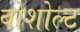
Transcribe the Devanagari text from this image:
बोशोल्ट